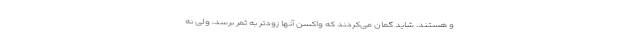
و هستند. شاید گمان می‌کردند که واکسن آنها زودتر به ثمر برسد، ولی نه